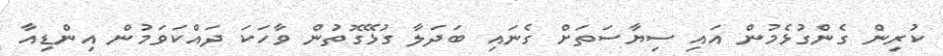
ކުރިން ގެންގުޅެމުން އައި ސިޔާސަތަށް ގެނައި ބަދަލާ ގުޅޭގޮތުން ވާހަކަ ދައްކަވަމުން އިންޑިއާ